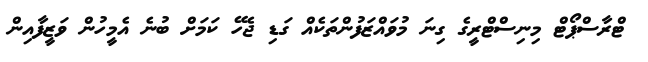
ޓްރާސްޕޯޓް މިނިސްޓްރީގެ ގިނަ މުވައްޒަފުންތަކެއް ގަޑި ޖެހޭ ކަމަށް ބުނެ އެމީހުން ވަޒީފާއިން